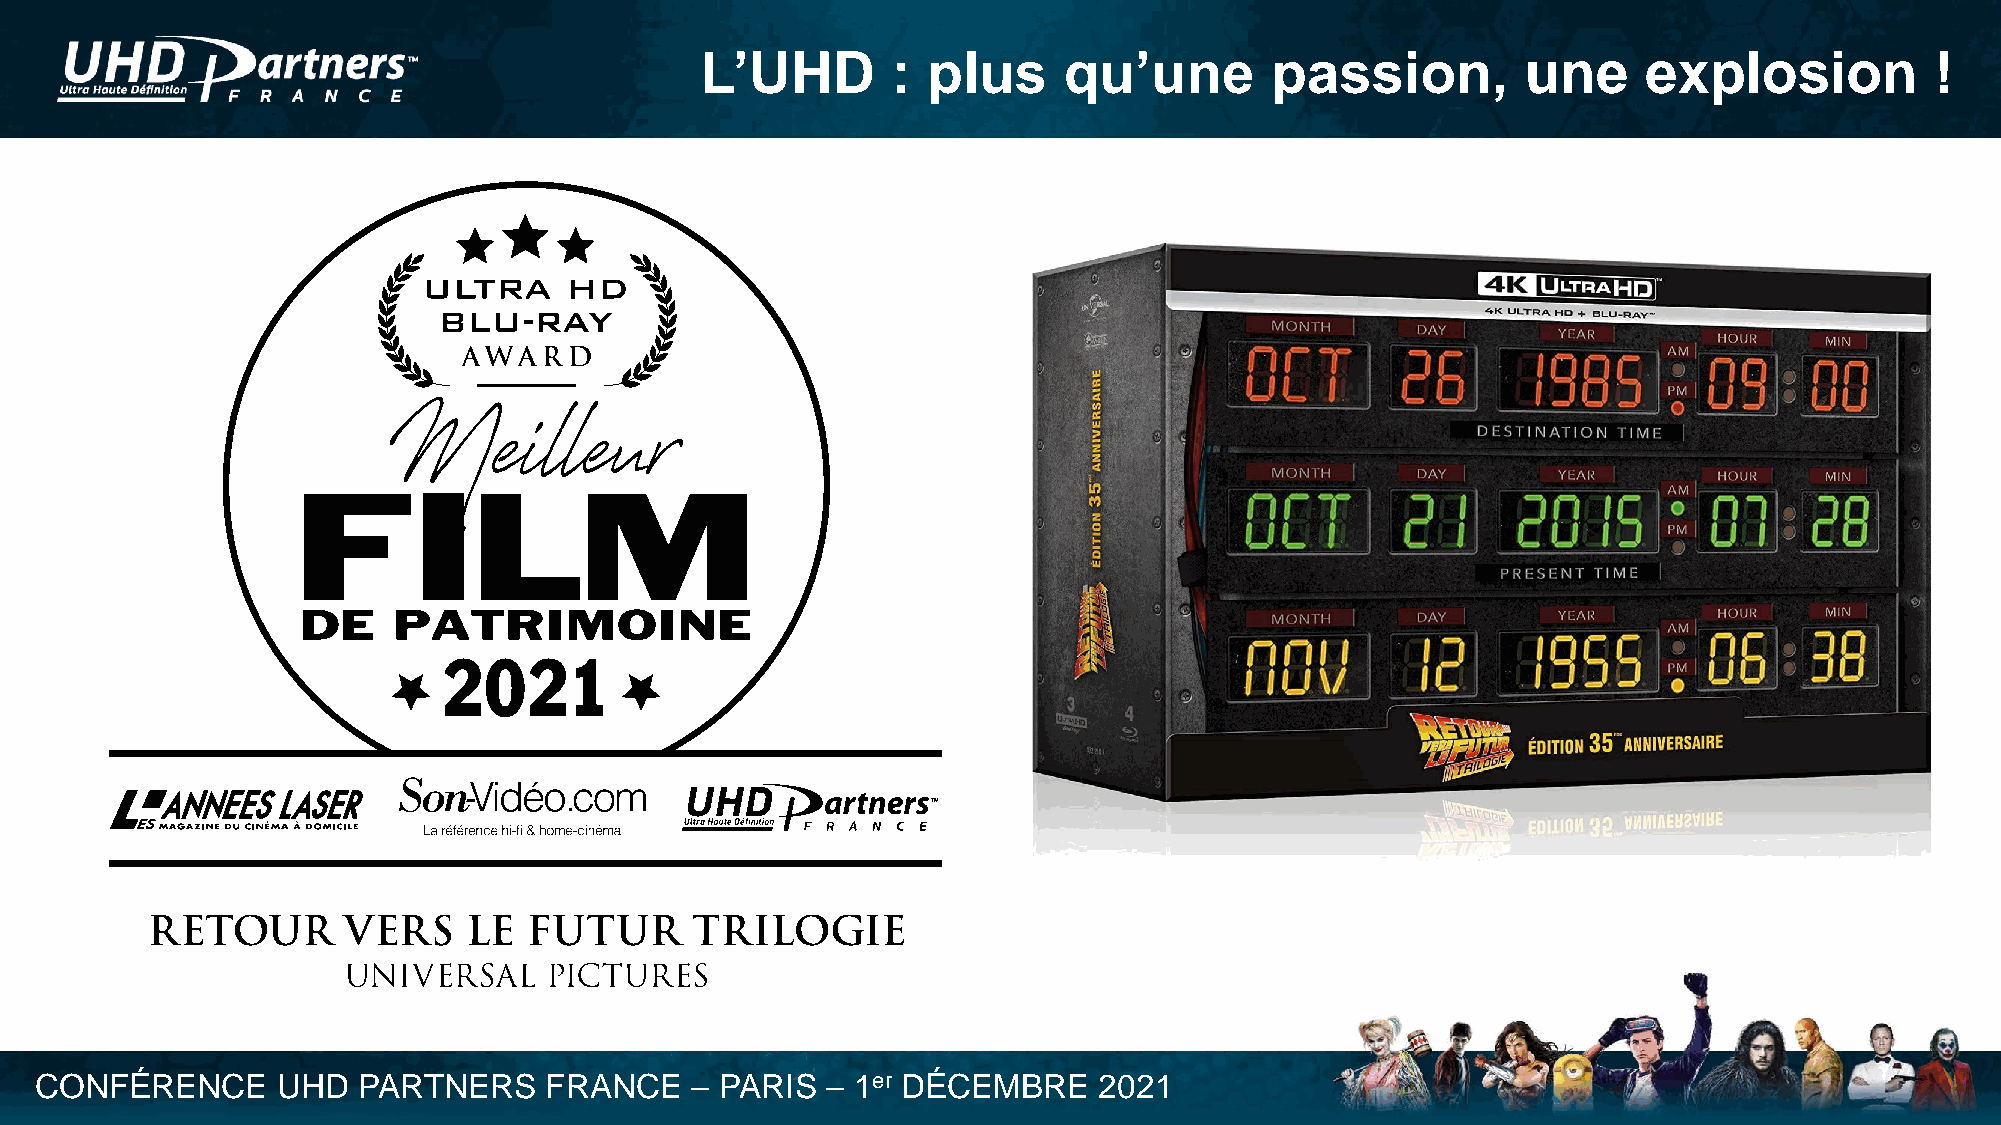
L’UHD        : plus     qu’une        passion,         une     explosion          !
 CONFÉRENCE      UHD   PARTNERS    FRANCE    – PARIS  – 1er DÉCEMBRE    2021